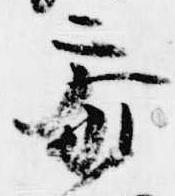
参